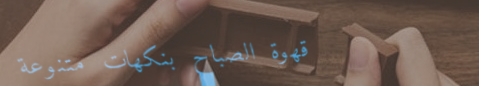
قهوة الصباح بنكهات متنوعة